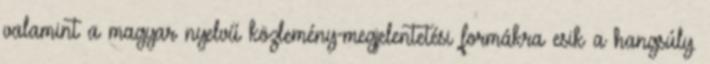
valamint a magyar nyelvű közlemény-megjelentetési formákra esik a hangsúly.